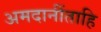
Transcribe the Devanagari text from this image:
अमदानींताहि